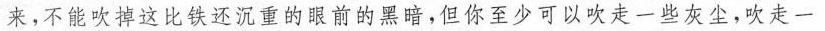
来，不能吹掉这比铁还沉重的眼前的黑暗，但你至少可以吹走一